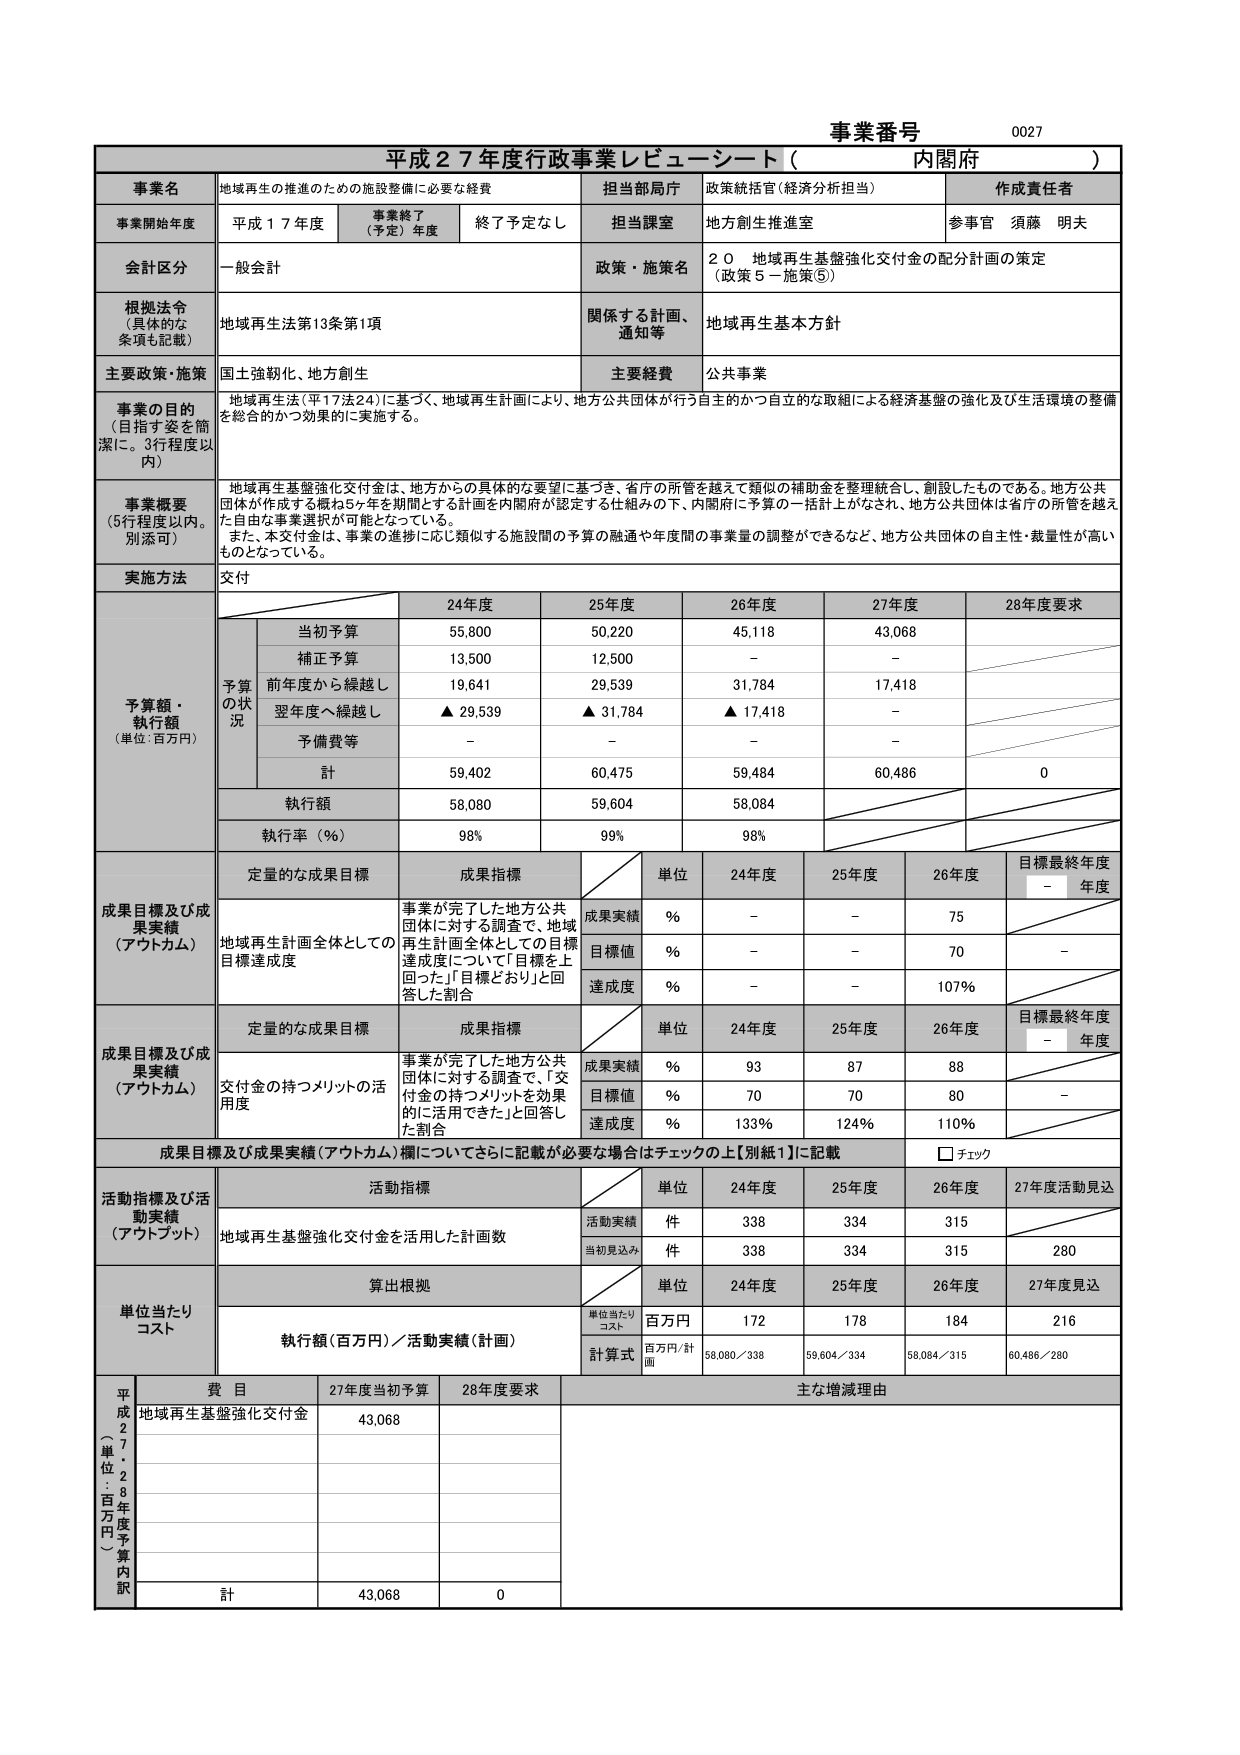
事業番号 0027
平成27年度行政事業レビュー・シート（内閣府）

事業名 地域再生の推進のための施設整備に必要な経費
担当部局庁 政策統括官（経済分析担当）
作成責任者 参事官 須藤 明夫

事業開始年度 平成17年度 事業終了（予定）年度 終了予定なし
担当課室 地方創生推進室

会計区分 一般会計
政策・施策名 20 地域再生基盤強化交付金の配分計画の策定（政策5－施策⑤）

根拠法令（具体的な条項も記載） 地域再生法第13条第1項
関係する計画、通知等 地域再生基本方針

主要政策・施策 国土強靭化、地方創生
主要経費 公共事業

事業の目的（目指す姿を簡潔に。3行程度以内）
地域再生法（平17法24）に基づく、地域再生計画により、地方公共団体が行う自主的かつ自立的な取組による経済基盤の強化及び生活環境の整備を総合的かつ効果的に実施する。

事業概要（5行程度以内。別添可）
地域再生基盤強化交付金は、地方からの具体的な要望に基づき、省庁の所管を越えて類似の補助金を整理統合し、創設したものである。地方公共団体が作成する概ね5年を期間とする計画を内閣府が認定する仕組みの下、内閣府に予算の一括計上がなされ、地方公共団体は省庁の所管を越えた自由な事業選択が可能となっている。
また、本交付金は、事業の進捗に応じ類似する施設間の予算の融通や年度間の事業量の調整ができるなど、地方公共団体の自主性・裁量性が高いものとなっている。

実施方法 交付

予算額・執行額（単位：百万円）
　　　　　　　　　　　　　　　24年度　　　25年度　　　26年度　　　27年度　　　28年度要求
　　　　　　　　　　　　　　　当初予算　　55,800　　　50,220　　　45,118　　　43,068
　　　　　　　　　　　　　　　補正予算　　13,500　　　12,500　　　－　　　　　－
　　　　　　　　　　　　　　　前年度から繰越し　19,641　　　29,539　　　31,784　　　17,418
　　　　　　　　　　　　　　　翌年度へ繰越し　▲29,539　　　▲31,784　　　▲17,418　　　－
　　　　　　　　　　　　　　　予備費等　　－　　　　　－　　　　　－　　　　　－
　　　　　　　　　　　　　　　計　　　　　59,402　　　60,475　　　59,484　　　60,486　　　0
　　　　　　　　　　　　　　　執行額　　　58,080　　　59,604　　　58,084
　　　　　　　　　　　　　　　執行率（％）　98％　　　　99％　　　　98％

成果目標及び成果実績（アウトカム）
定量的な成果目標　成果指標
　　　　　　　　　　　　　　　単位　24年度　25年度　26年度　目標最終年度　－年度
地域再生計画全体としての目標達成度
　　　　　　　　　　　　　　　成果実績　％　－　－　75
　　　　　　　　　　　　　　　目標値　％　－　－　70　－
　　　　　　　　　　　　　　　達成度　％　－　－　107％

成果目標及び成果実績（アウトカム）
定量的な成果目標　成果指標
　　　　　　　　　　　　　　　単位　24年度　25年度　26年度　目標最終年度　－年度
交付金の持つメリットの活用度
　　　　　　　　　　　　　　　成果実績　％　93　87　88
　　　　　　　　　　　　　　　目標値　％　70　70　80　－
　　　　　　　　　　　　　　　達成度　％　133％　124％　110％

成果目標及び成果実績（アウトカム）欄についてさらに記載が必要な場合はチェックの上【別紙1】に記載　□ チェック

活動指標及び活動実績（アウトプット）
活動指標
　　　　　　　　　　　　　　　単位　24年度　25年度　26年度　27年度活動見込
地域再生基盤強化交付金を活用した計画数
　　　　　　　　　　　　　　　活動実績　件　338　334　315
　　　　　　　　　　　　　　　当初見込み　件　338　334　315　280

単位当たりコスト
算出根拠
　　　　　　　　　　　　　　　単位　24年度　25年度　26年度　27年度見込
　　　　　　　　　　　　　　　単位当たりコスト　百万円　172　178　184　216
執行額（百万円）／活動実績（計画）
　　　　　　　　　　　　　　　計算式　百万円／計画　58,080／338　59,604／334　58,084／315　60,486／280

平成27年度（単位：百万円）予算内訳
費目　27年度当初予算　28年度要求　主な増減理由
地域再生基盤強化交付金　43,068
計　43,068　0